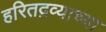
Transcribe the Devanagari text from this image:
हरितद्रव्याच्या